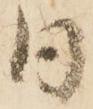
日